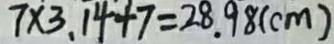
7 \times 3 . 1 4 + 7 = 2 8 . 9 8 ( c m )